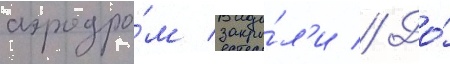
аэродро́м закры́л'и // До́